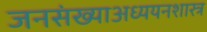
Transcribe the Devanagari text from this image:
जनसंख्याअध्ययनशास्त्र